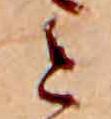
と